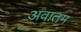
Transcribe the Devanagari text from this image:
अवातम